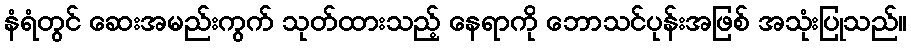
နံရံတွင် ဆေးအမည်းကွက် သုတ်ထားသည့် နေရာကို ဘောသင်ပုန်းအဖြစ် အသုံးပြုသည်။